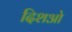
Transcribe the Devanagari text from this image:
दिशओ